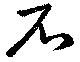
石